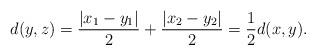
LaTeX: \begin{align*}d(y, z)={|x_1-y_1|\over2}+{|x_2-y_2|\over 2}={1\over 2}d(x, y).\end{align*}